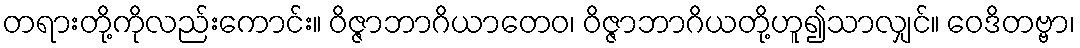
တရားတို့ကိုလည်းကောင်း။ ဝိဇ္ဇာဘာဂိယာတေဝ၊ ဝိဇ္ဇာဘာဂိယတို့ဟူ၍သာလျှင်။ ဝေဒိတဗ္ဗာ၊